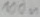
Text: 100n